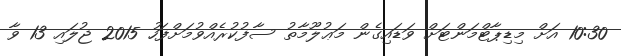
10:30 އަށް މިޑިޕާޓްމަންޓަށް ވަޑައިގެން މަޢުލޫމާތު ސާފުކުރެއްވުމަށްފަހު 2015 ޖުލައި 13 ވާ